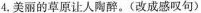
4.美丽的草原让人陶醉。（改成感叹句）